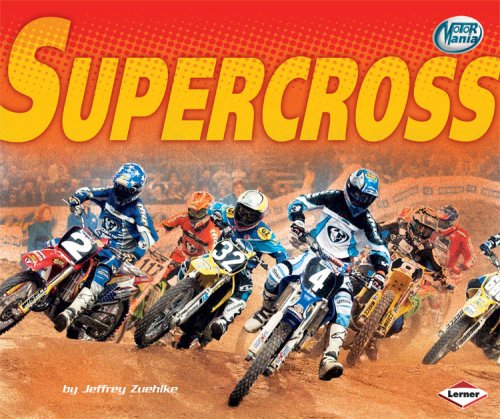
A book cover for Supercross (Motor Mania); Jeffrey Zuehlke; Children's Books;